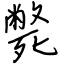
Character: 斃